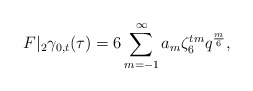
\begin{align*}F|_2\gamma_{0,t}(\tau)=6\sum\limits_{m=-1}^\infty a_m\zeta_6^{tm} q^\frac{m}{6},\end{align*}